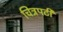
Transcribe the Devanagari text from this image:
चित्रपटी